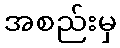
အစည်းမှ